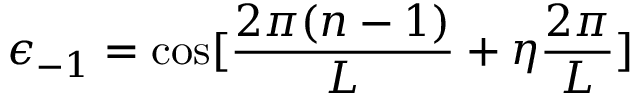
\epsilon _ { - 1 } = \cos [ \frac { 2 \pi ( n - 1 ) } { L } + \eta \frac { 2 \pi } { L } ]